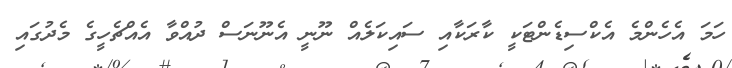
ހަމަ އެހެންމެ އެކްސިޑެންޓަކީ ކާރަކާއި ސައިކަލެއް ނޫނީ އެނޫނަސް ދުއްވާ އެއްޗެހީގެ މެދުގައި